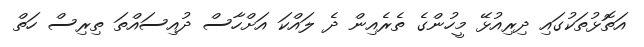
އަތޮޅުތަކުގައި ދިރިއުޅޭ މީހުންގެ ތެރެއިން ދެ ލައްކަ އަށްހާސް ދުއިސައްތަ ތިރިސް ހަތް